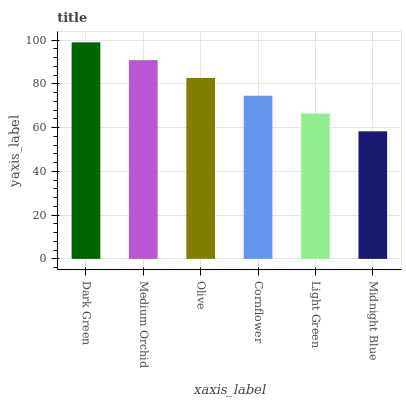
| xaxis_label | bars |
 | --- | --- |
 | Dark Green | 99 |
 | Medium Orchid | 90.9 |
 | Olive | 82.7 |
 | Cornflower | 74.6 |
 | Light Green | 66.5 |
 | Midnight Blue | 58.3 |